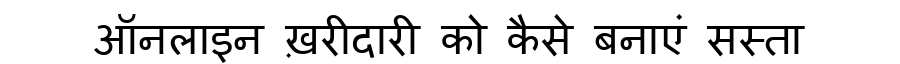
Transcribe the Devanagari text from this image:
ऑनलाइन ख़रीदारी को कैसे बनाएं सस्ता